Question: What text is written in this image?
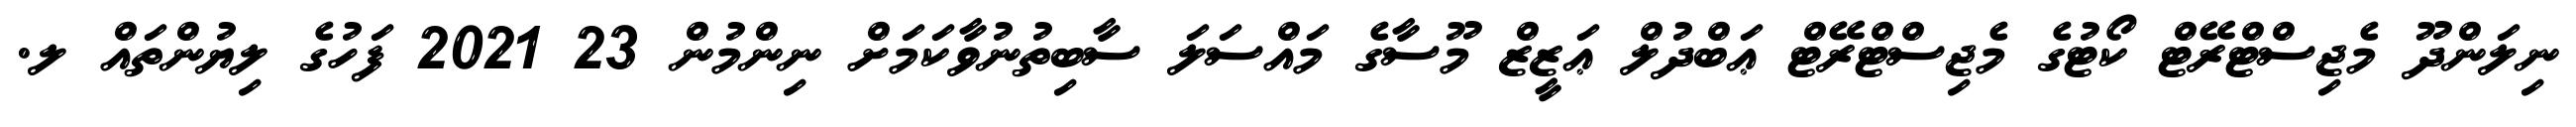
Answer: ނިލަންދޫ މެޖިސްޓްރޭޓް ކޯޓުގެ މެޖިސްޓްރޭޓް ޢަބްދުލް ޢަޒީޒް މޫސާގެ މައްސަލަ ސާބިތުނުވާކަމަށް ނިންމުން 23 2021 ފަހުގެ ލިޔުންތައް ލ.